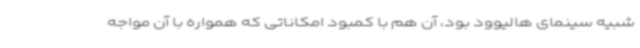
شبیه سینمای هالیوود بود، آن هم با کمبود امکاناتی که همواره با آن مواجه